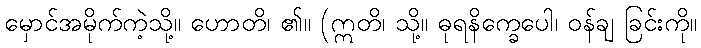
မှောင်အမိုက်ကဲ့သို့။ ဟောတိ၊ ၏။ (ဣတိ၊ သို့။ ဓုရနိက္ခေပေါ၊ ဝန်ချ ခြင်းကို။